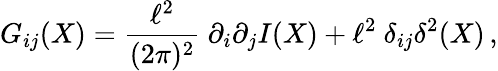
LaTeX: G_{ij}(X)=\frac{\ell^{2}}{(2\pi)^{2}}\ \partial_{i}\partial_{j}I(X)+\ell^{2}\ \delta_{ij}\delta^{2}(X)\, ,